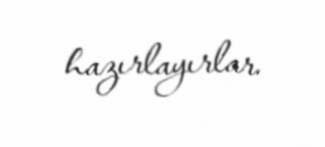
hazırlayırlar.